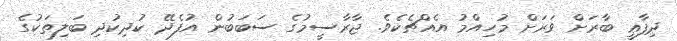
ދިފާޢީ ބާރަށް ވަރަށް މުހިއްމު އެއްޗެކެވެ. ޖާރާސީމުގެ ސަބަބުން އުފެދޭ ކުދިކުދި ބަލިތަކުގެ